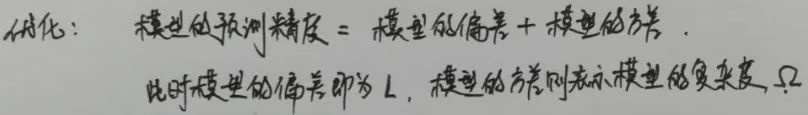
模型的预测精度 = 模型的偏差 + 模型的方差。此时模型的偏差即为 \(L\)，模型的方差则表示模型的复杂度。